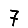
Digit: 7